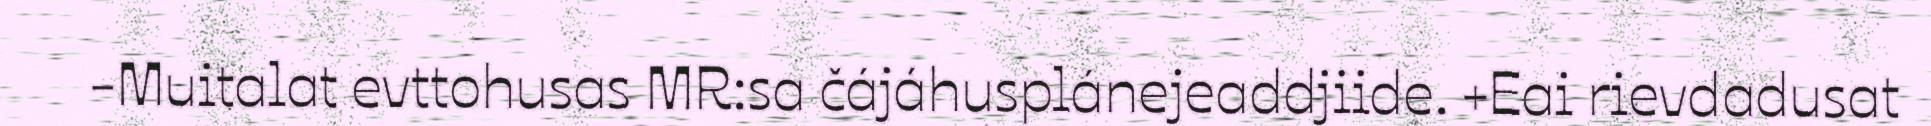
-Muitalat evttohusas MR:sa čájáhusplánejeaddjiide. +Eai rievdadusat